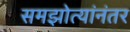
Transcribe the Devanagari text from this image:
समझोत्यांनंतर